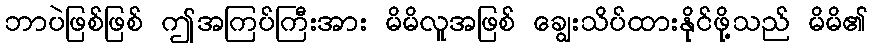
ဘာပဲဖြစ်ဖြစ် ဤအကြပ်ကြီးအား မိမိလူအဖြစ် ချွေးသိပ်ထားနိုင်ဖို့သည် မိမိ၏